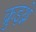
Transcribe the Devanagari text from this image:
क्रुइथ्ने